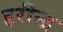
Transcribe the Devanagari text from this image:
हरीन्द्र